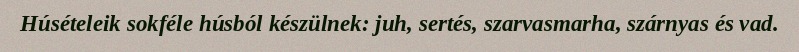
Húsételeik sokféle húsból készülnek: juh, sertés, szarvasmarha, szárnyas és vad.